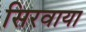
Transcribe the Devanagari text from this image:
सिरवाया